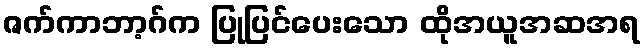
ဇက်ကာဘာ့ဂ်က ပြုပြင်ပေးသော ထိုအယူအဆအရ